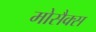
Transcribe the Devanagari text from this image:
मोसैक्स